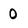
Character: 0